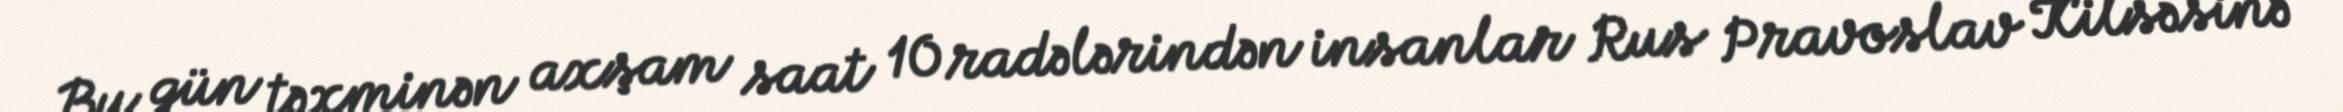
Bu gün təxminən axşam saat 10 radələrindən insanlar Rus Pravoslav Kilsəsinə